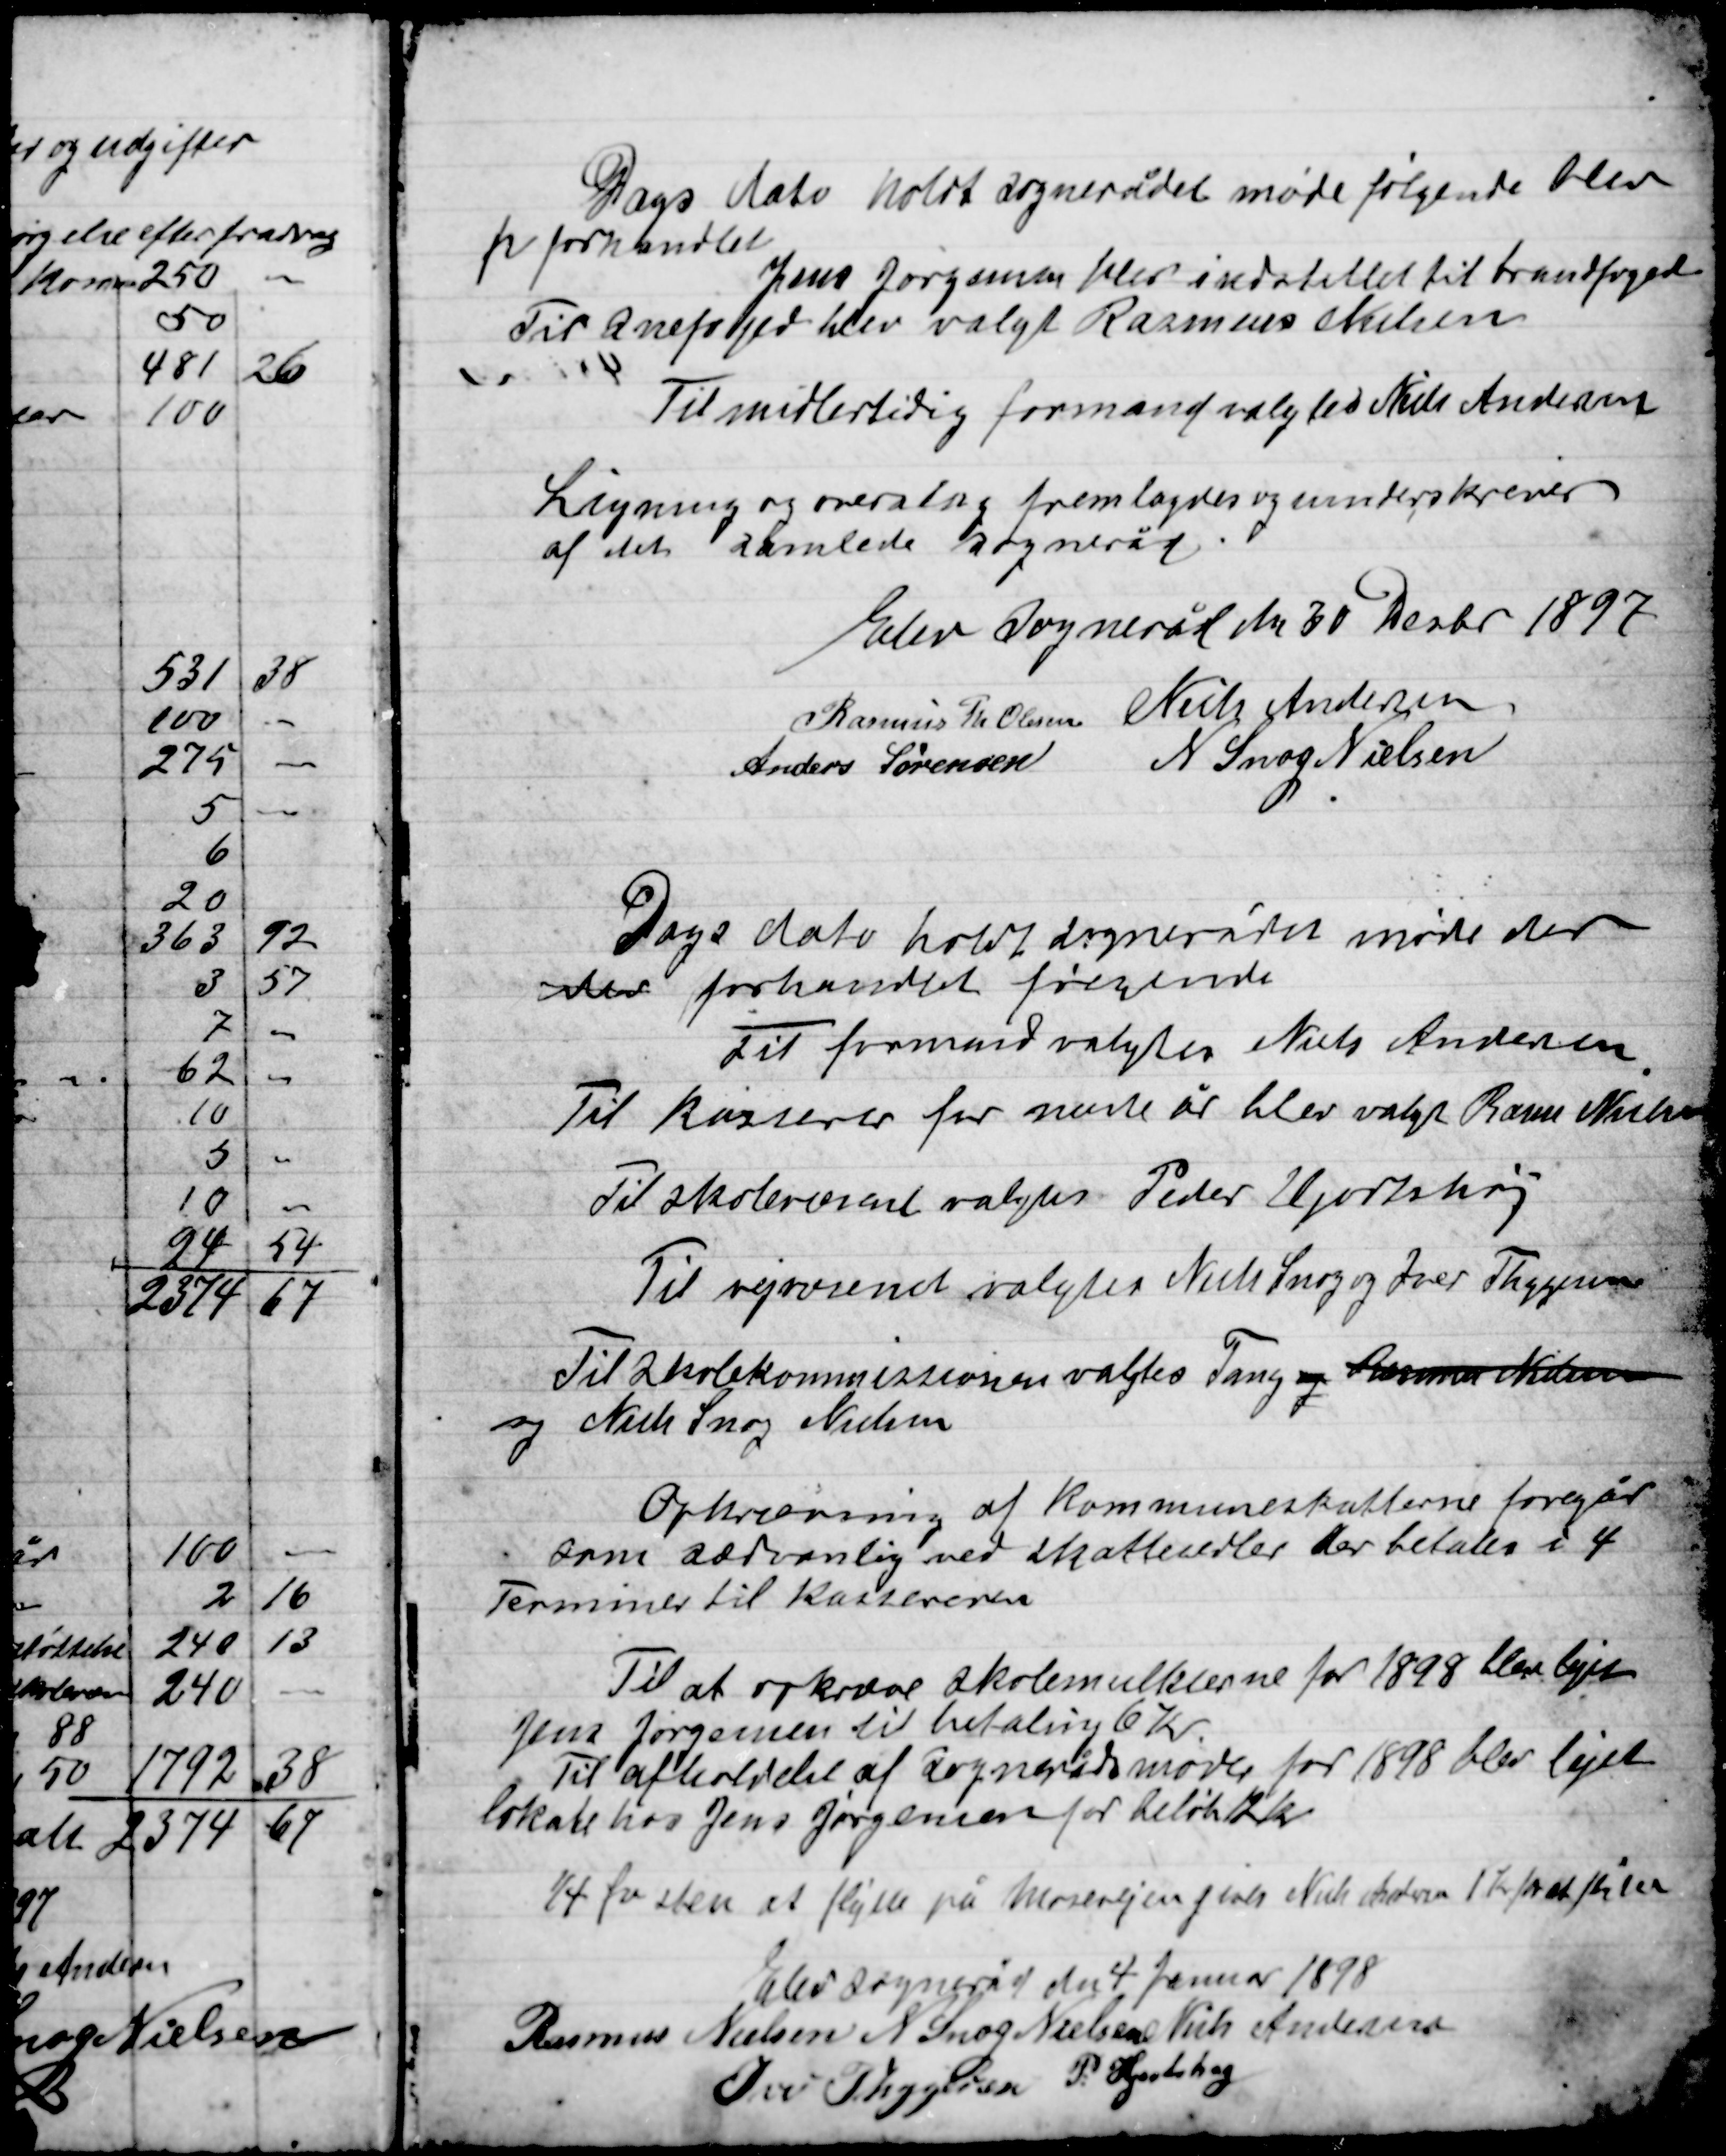
Transskription:
Dags dato holdt Sognerådet møde følgende blev
fr forhandlet
Jens Jørgensen blev indstillet til brandfoged
Til Snefoged blev valgt Rasmus Nielsen
Til midlertidig formand valgtes Niels Andersen
Ligning og overslag fremlagdes og underskreven
af det samlede Sogneråd

Elev Sogneråd den 30 Decbr 1897

Rasmus Th. Olsen
Niels Andersen
Anders Sørensen
N. Snog Nielsen

Dags dato holdt Sognerådet møde der
der forhandledes følgende

Til formand valgtes Niels Andersen
Til kasserer for næste år blev valgt Rasmus Nielsen
Til skolevæsenet valgtes Peder Hjortshøj
Til vejvæsenet valgtes Niels Snog og Ivar Thygesen
Til Skolekommissionen valgtes Tang og Rasmus Nielsen
og Niels Snog Nielsen

Opkrævning af Kommuneskatterne foregår
som sædvanlig med skattesedler der betales i 4
Terminer til Kasserne

Til at opkræve Skolemulkterne for 1898 blev lejet
Jens Jørgensen til betaling 6 Kr.
Til afholdelse af Sognerådsmøde for 1898 blev lejet
lokale hos Jens Jørgensen for beløb 12 Kr.
¼ fv. sten at flytte op mosevejen gives Niels Andersen 1 Kr. pr. al. sten

Elev Sogneråd den 4 Januar 1898

Rasmus Th. Olsen
N. Snog Nielsen
Niels Andersen
Ivar Thygesen
P. Hjortshøj